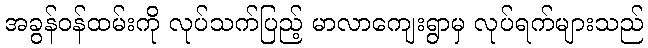
အခွန်ဝန်ထမ်းကို လုပ်သက်ပြည့် မာလာကျေးရွာမှ လုပ်ရက်များသည်